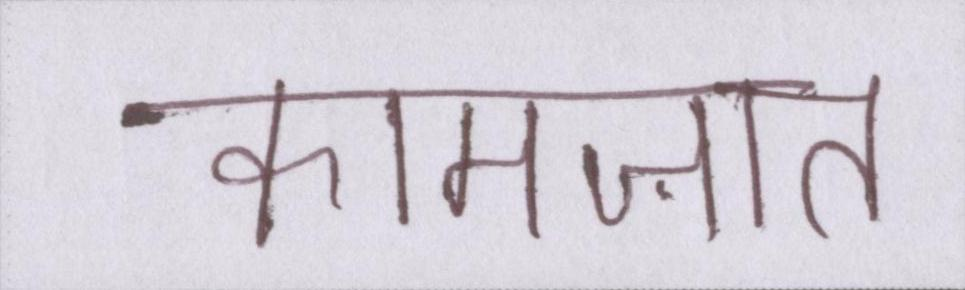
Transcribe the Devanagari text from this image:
कामज़ात